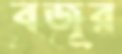
বজুর